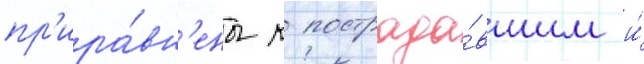
пр'ира́вн'ены к пострада́вшим и́